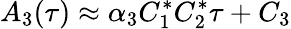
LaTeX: A_{3}(\tau)\approx\alpha_{3}C_{1}^{*}C_{2}^{*}\tau+C_{3}